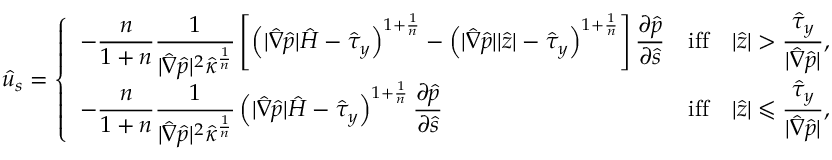
\hat { u } _ { s } = \left\{ \begin{array} { l l } { - \displaystyle \frac { n } { 1 + n } \frac { 1 } { | \hat { \nabla } \hat { p } | ^ { 2 } \hat { \kappa } ^ { \frac { 1 } { n } } } \left[ \left( | \hat { \nabla } \hat { p } | \hat { H } - \hat { \tau } _ { y } \right) ^ { 1 + \frac { 1 } { n } } - \left( | \hat { \nabla } \hat { p } | \vert \hat { z } \vert - \hat { \tau } _ { y } \right) ^ { 1 + \frac { 1 } { n } } \right] \frac { \partial \hat { p } } { \partial \hat { s } } } & { \mathrm { i f f } \quad \vert \hat { z } \vert > \displaystyle \frac { \hat { \tau } _ { y } } { | \hat { \nabla } \hat { p } | } , } \\ { \displaystyle - \frac { n } { 1 + n } \frac { 1 } { | \hat { \nabla } \hat { p } | ^ { 2 } \hat { \kappa } ^ { \frac { 1 } { n } } } \left( | \hat { \nabla } \hat { p } | \hat { H } - \hat { \tau } _ { y } \right) ^ { 1 + \frac { 1 } { n } } \frac { \partial \hat { p } } { \partial \hat { s } } } & { \mathrm { i f f } \quad \vert \hat { z } \vert \leqslant \displaystyle \frac { \hat { \tau } _ { y } } { | \hat { \nabla } \hat { p } | } , } \end{array} \right.